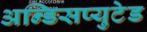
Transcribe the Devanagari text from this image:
अन्डिसप्युटेड